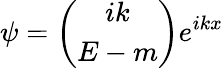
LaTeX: \psi=\left(\begin{array}{c}{{ik}}\\ {{E-m}}\end{array}\right)e^{ikx}